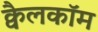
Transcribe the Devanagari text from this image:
क्वैलकॉम